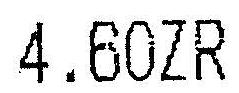
4.60ZR